画像に写った文字を読んでください
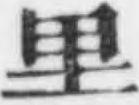
「里」と書いてあります